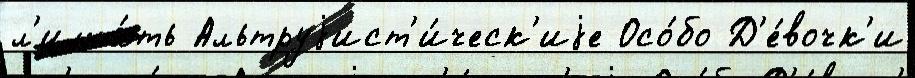
л'иша́ть Альтруjист'и́ческ'иjе Осо́бо Д'е́вочк'и